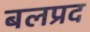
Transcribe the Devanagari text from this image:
बलप्रद